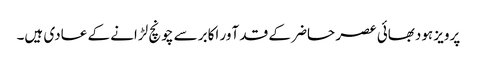
پرویز ہودبھائی عصر حاضر کے قد آور اکابر سے چونچ لڑانے کے عادی ہیں۔